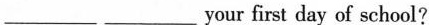
___ ___your first day of school?